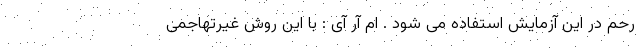
رحم در این آزمایش استفاده می شود . ام آر آی : با این روش غیرتهاجمی